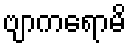
ဗျာကရောမိ